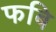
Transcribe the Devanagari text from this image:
फबि